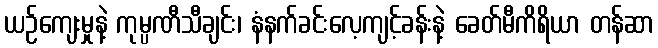
ယဉ်ကျေးမှုနဲ့ ကုမ္ပဏီသီချင်း၊ နံနက်ခင်းလေ့ကျင့်ခန်းနဲ့ ခေတ်မီကိရိယာ တန်ဆာ